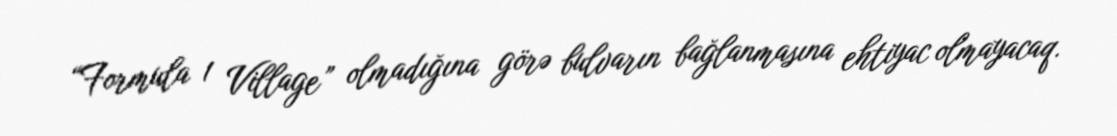
“Formula 1 Village” olmadığına görə bulvarın bağlanmasına ehtiyac olmayacaq.